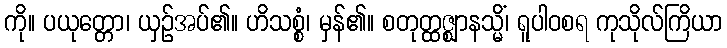
ကို။ ပယုတ္တော၊ ယှဉ်အပ်၏။ ဟိသစ္စံ၊ မှန်၏။ စတုတ္ထဇ္ဈာနသ္မိံ၊ ရူပါဝစရ ကုသိုလ်ကြိယာ